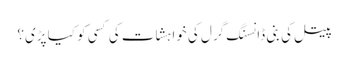
پیتل کی بنی ڈانسنگ گرل کی خواہشات کی کسی کو کیا پڑی؟